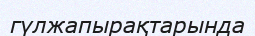
гүлжапырақтарында